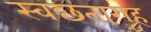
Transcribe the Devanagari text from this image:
स्वछतागृह